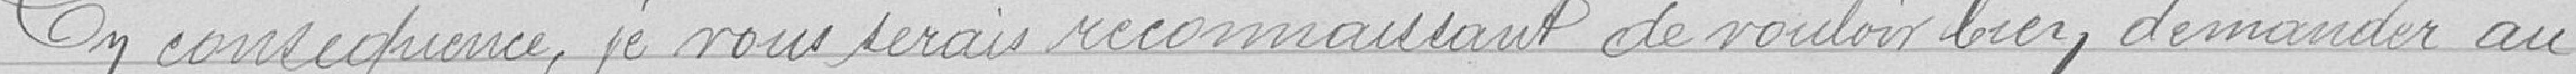
En vous connaissance, je vous serai reconnaissance de vouloir bien demander au